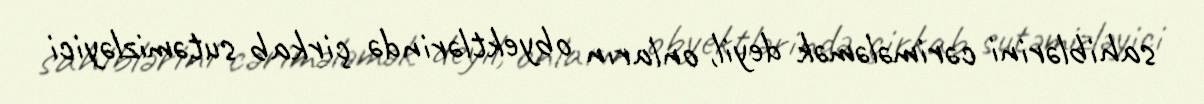
sahiblərini cərimələmək deyil, onların obyektlərində çirkab sutəmizləyici